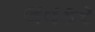
લવકર